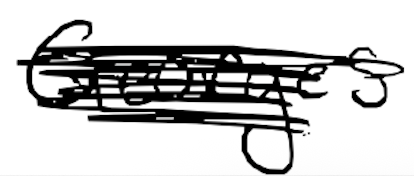
Text: Georges
Cross-out: scratch
Writing tool: digital_black